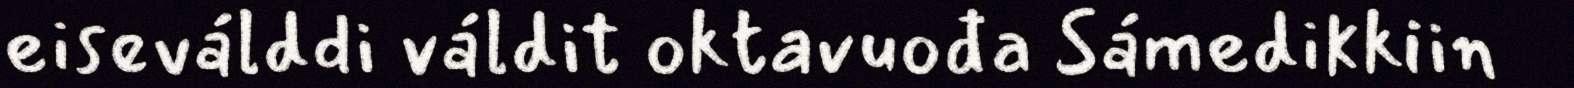
eiseválddi váldit oktavuođa Sámedikkiin